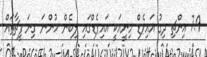
7.9 އިންޗި ދިގު އައިޕެޑް މިނީއަކީ އައިޕެޑްގައި ލިބެން ހުންނަ ގިނަ ފީޗާތައް